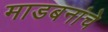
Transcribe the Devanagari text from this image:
माडबनांचे